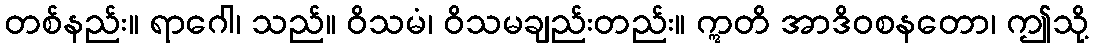
တစ်နည်း။ ရာဂေါ၊ သည်။ ဝိသမံ၊ ဝိသမချည်းတည်း။ ဣတိ အာဒိဝစနတော၊ ဤသို့